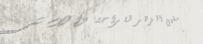
مقهى الزهر للراحة والاستر